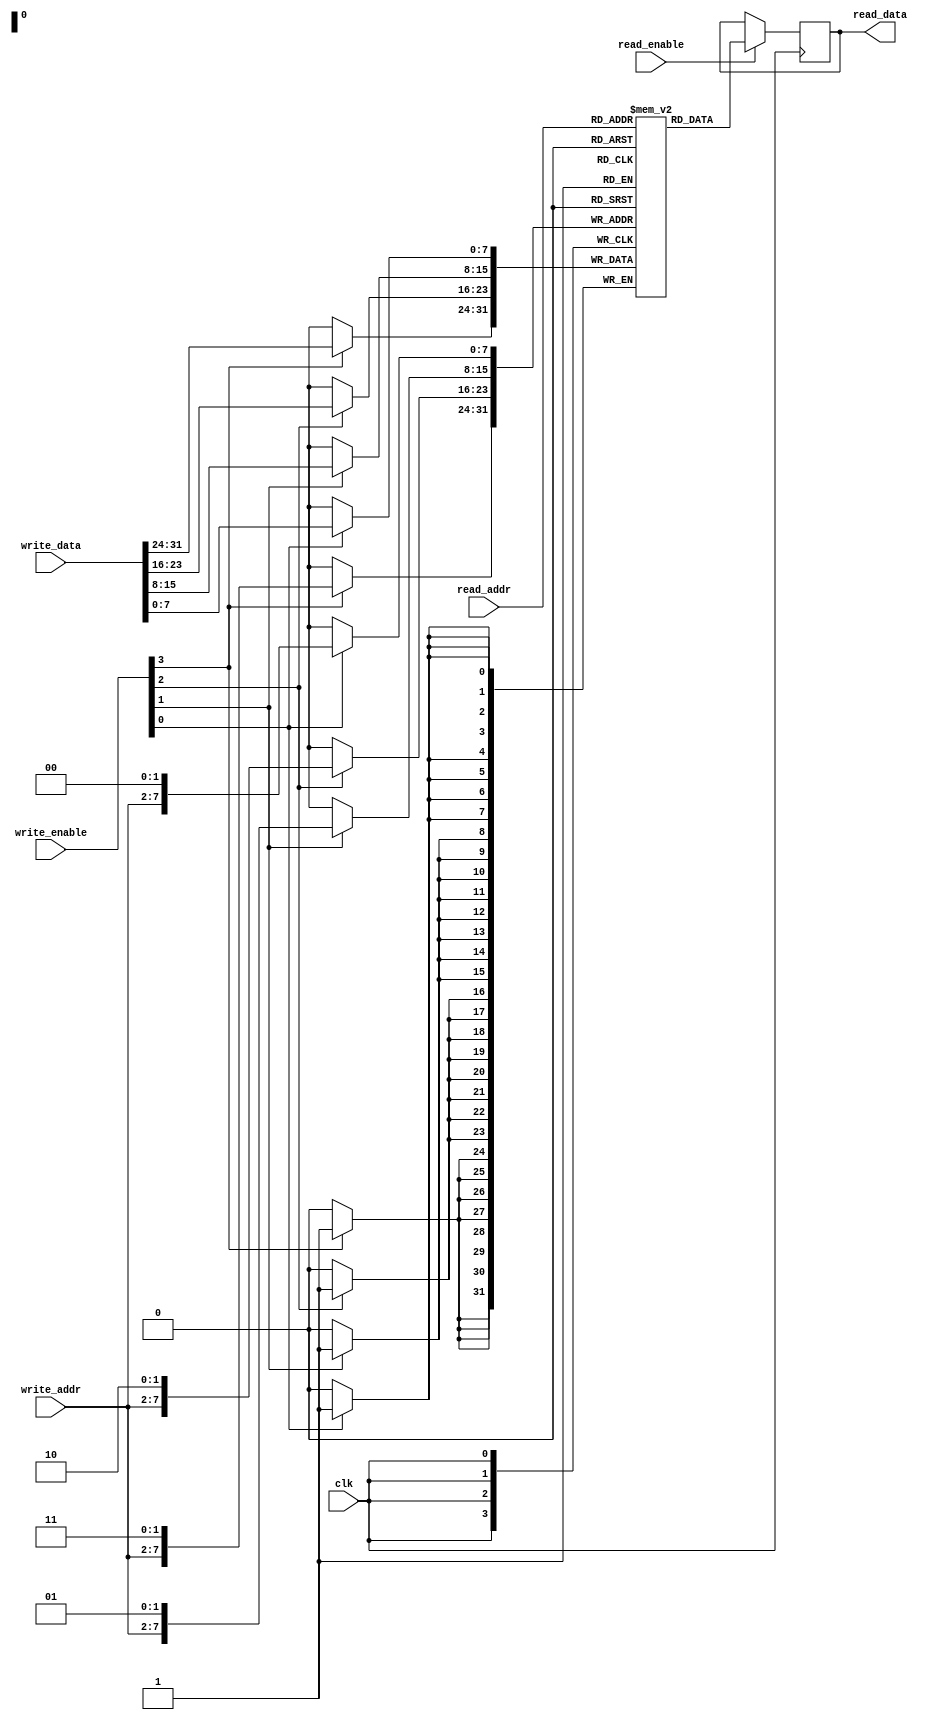


module asym_ram_sdp_wide_write (
    input clk, read_enable,
    input [3:0] write_enable,
    input [5:0] write_addr,
    input [7:0] read_addr,
    input [31:0] write_data,
    output reg [7:0] read_data=0    );


reg [7:0] mem [0:255];


always @(posedge clk) begin
    if (write_enable[0])
        mem[{write_addr, 2'b00}] <= write_data[7:0];
    if (write_enable[1])
        mem[{write_addr, 2'b01}] <= write_data[15:8];
    if (write_enable[2])
        mem[{write_addr, 2'b10}] <= write_data[23:16];
    if (write_enable[3])
        mem[{write_addr, 2'b11}] <= write_data[31:24];
    if (read_enable)
        read_data <= mem[read_addr];
end


endmodule